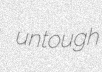
untough